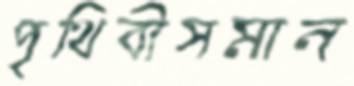
পৃথিবীসমান